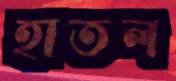
হাতল